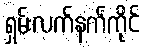
ရှမ်းလက်နက်ကိုင်